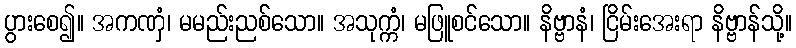
ပွားစေ၍။ အကဏှံ၊ မမည်းညစ်သော။ အသုက္ကံ၊ မဖြူစင်သော။ နိဗ္ဗာနံ၊ ငြိမ်းအေးရာ နိဗ္ဗာန်သို့။